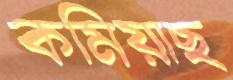
কমিয়াছ